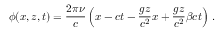
\phi ( x , z , t ) = \frac { 2 \pi \nu } { c } \left( x - c t - \frac { g z } { c ^ { 2 } } x + \frac { g z } { c ^ { 2 } } \beta c t \right) \, .